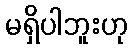
မရှိပါဘူးဟု